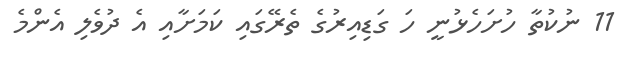
11 ނުކުތާ ހުށަހެޅުނީ ހަ ގަޑިއިރުގެ ތެރޭގައި ކަމަށާއި އެ ދުވެލި އެންމެ